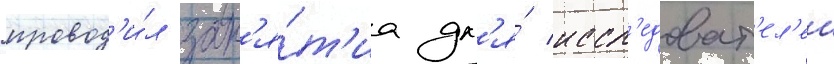
провод'и́л зан'я́т'иа дл'я́ иссл'едоват'ел'еи